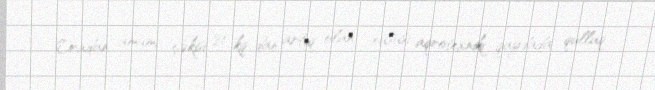
Oradan ümumi çəkisi 80 kq-dan artıq olan, xüsusi aqrotexniki qaydada qulluq